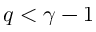
q < \gamma - 1